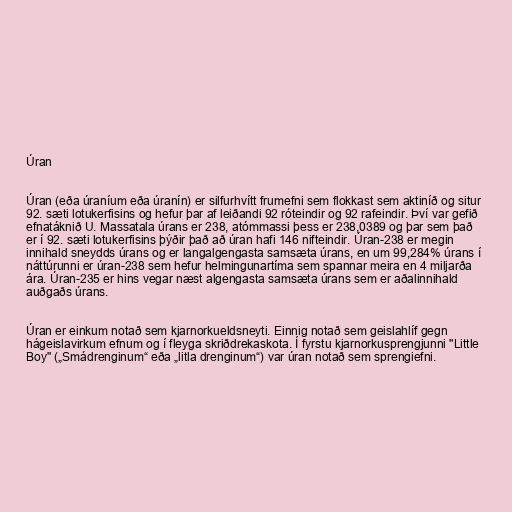
Úran

Úran (eða úraníum eða úranín) er silfurhvítt frumefni sem flokkast sem aktiníð og situr
92. sæti lotukerfisins og hefur þar af leiðandi 92 róteindir og 92 rafeindir. Því var gefið
efnatáknið U. Massatala úrans er 238, atómmassi þess er 238,0389 og þar sem það
er í 92. sæti lotukerfisins þýðir það að úran hafi 146 nifteindir. Úran-238 er megin
innihald sneydds úrans og er langalgengasta samsæta úrans, en um 99,284% úrans í
náttúrunni er úran-238 sem hefur helmingunartíma sem spannar meira en 4 miljarða
ára. Úran-235 er hins vegar næst algengasta samsæta úrans sem er aðalinnihald
auðgaðs úrans.

Úran er einkum notað sem kjarnorkueldsneyti. Einnig notað sem geislahlíf gegn
hágeislavirkum efnum og í fleyga skriðdrekaskota. Í fyrstu kjarnorkusprengjunni "Little
Boy" („Smádrenginum“ eða „litla drenginum“) var úran notað sem sprengiefni.